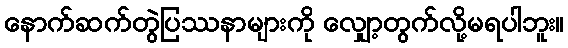
နောက်ဆက်တွဲပြဿနာများကို လျှော့တွက်လို့မရပါဘူး။